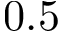
0 . 5